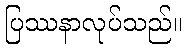
ပြဿနာလုပ်သည်။